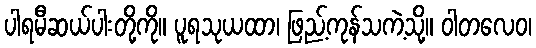
ပါရမီဆယ်ပါးတို့ကို။ ပူရသုယထာ၊ ဖြည့်ကုန်သကဲ့သို့။ ဝါတလေဝ၊